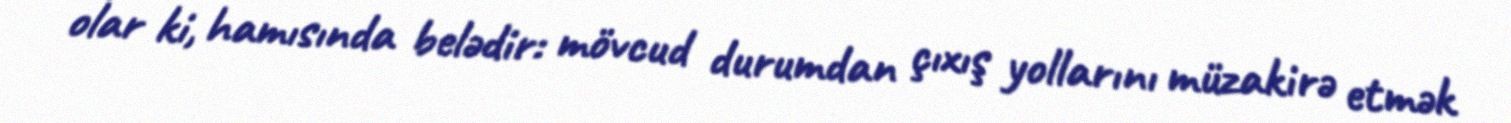
olar ki, hamısında belədir: mövcud durumdan çıxış yollarını müzakirə etmək